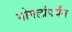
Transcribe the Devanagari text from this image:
मोगलांपर्यंत